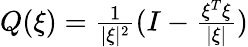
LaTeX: \begin{array}{r}{Q(\xi)=\frac{1}{|\xi|^{2}}(I-\frac{\xi^{T}\xi}{|\xi|})}\end{array}